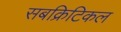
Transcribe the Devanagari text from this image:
सबक्रिटिकल